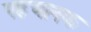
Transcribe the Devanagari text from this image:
पहचानक